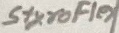
Text: Styroflex